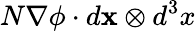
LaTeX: N\nabla\phi\cdot d\mathbf{x}\otimes d^{3}x